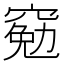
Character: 𫁕